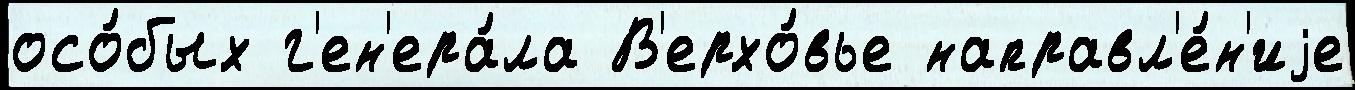
осо́бых г'ен'ера́ла В'ерхо́вье направл'е́н'иjе